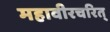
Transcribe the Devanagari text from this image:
महावीरचरित्